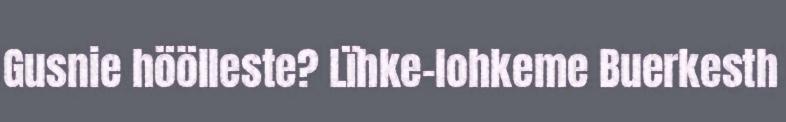
Gusnie höölleste? Lïhke-lohkeme Buerkesth